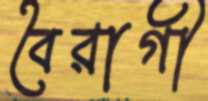
বৈরাগী